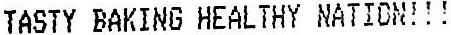
TASTY BAKING HEALTHY NATION!!!